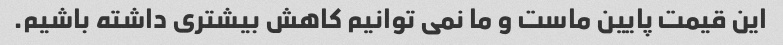
این قیمت پایین ماست و ما نمی توانیم کاهش بیشتری داشته باشیم.